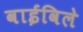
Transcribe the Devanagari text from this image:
वाईविले